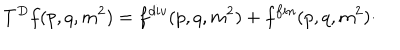
LaTeX: T ^ { D } f ( p , q , m ^ { 2 } ) = f ^ { d i v } ( p , q , m ^ { 2 } ) + f ^ { f i n } ( p , q , m ^ { 2 } ) \cdot